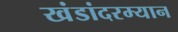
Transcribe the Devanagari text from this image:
खंडांदरम्यान